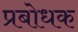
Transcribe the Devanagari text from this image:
प्रबोधक